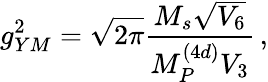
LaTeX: g_{YM}^{2}=\sqrt{2\pi}{\frac{M_{s}\sqrt{V_{6}}}{M_{P}^{(4d)}V_{3}}}\, ,